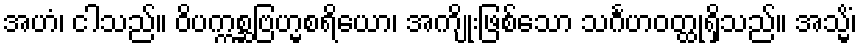
အဟံ၊ ငါသည်။ ဝိပက္ကစ္ဆဗြဟ္မစရိယော၊ အကျိုးဖြစ်သော သင်္ဂဟဝတ္ထုရှိသည်။ အသ္မိံ၊